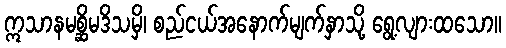
ဣသာနမစ္ဆိမဒိသမှိ၊ စည်ငယ်အနောက်မျက်နှာသို့ ရွေ့လျားထသော။